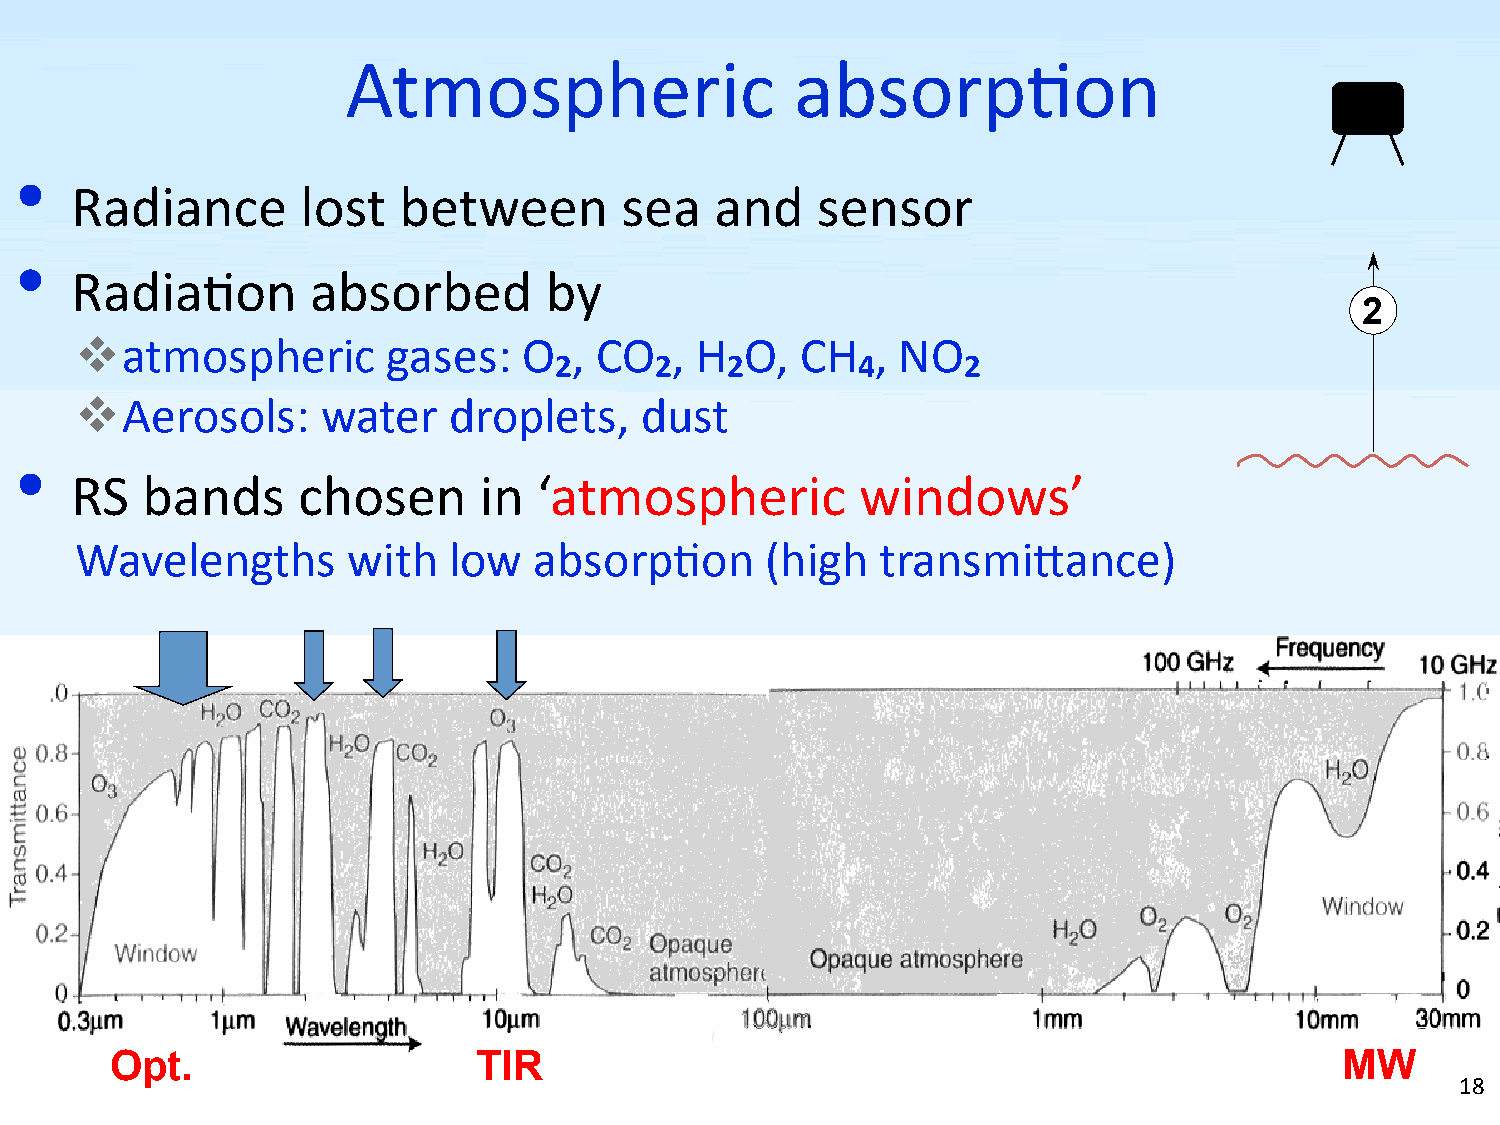
Atmospheric                   absorp5on
 •
 Radiance       lost  between        sea   and    sensor
 •
 Radia5on       absorbed        by
 2
   atmospheric       gases:   O  , CO  , H  O,  CH   , NO
 2     2    2        4      2
   Aerosols:    water    droplets,   dust
 •
 RS  bands      chosen      in  ‘atmospheric         windows’
 Wavelengths       with   low  absorp5on       (high  transmi<ance)
 Opt.                    TIR                                                       MW
 18